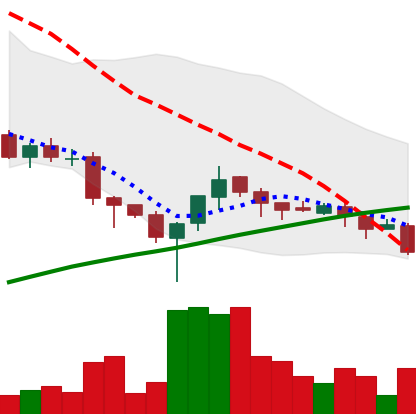
Ticker: XLM-USD
Chart end date: 2018-03-29
Forward return: 23.515%
Label: up_7plus